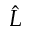
\hat { L }